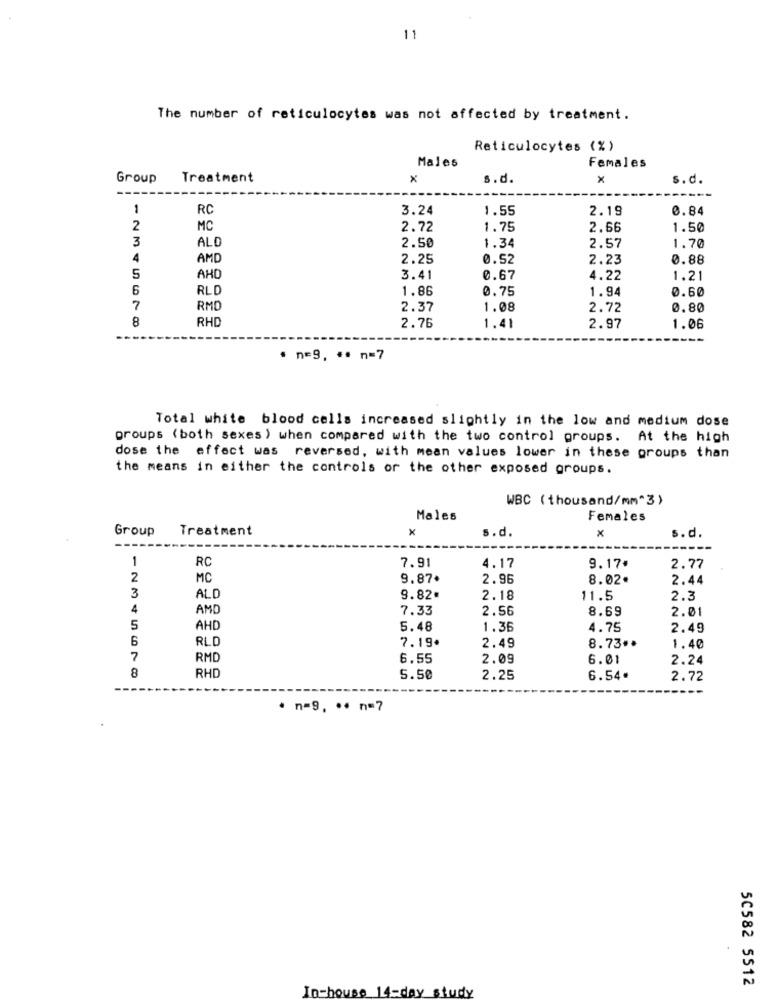
11
The number of reticulocytes was not affected by treatment.
Reticulocytes (% )
Males
Females
Group
Treatment
s.d.
x
s.d.
1
RC
3.24
1.55
2.19
0.84
2
MC
2.72
1.75
2.66
1.50
3
ALD
2.50
1.34
2.57
1.70
4
AMD
2.25
0.52
2.23
0.88
5
AHC
3.41
0.67
4.22
1.21
6
RLD
1.86
0.75
1.94
0.60
7
RMD
2.37
1.08
2.72
0.80
RHD
8
2.76
1.41
2.97
1.06
. n=9, ** n=7
Total white blood cells increased slightly in the low and medium dose
groups (both sexes ) when compared with the two control groups. At the high
dose the effect was reversed, with mean values lower in these groups than
the means in either the controls or the other exposed groups.
WBC ( thousand/mm"3)
Males
Females
Group
Treatment
x
x
s.d.
s.d.
1
RC
7.91
4.17
9.17#
2.77
2
MC
9.87.
2.96
8.02.
2.44
3
ALD
9.82.
2.18
11.5
2.3
4
AMD
7.33
2.56
8.69
2.01
5
AHD
5.48
1.36
4.75
2.49
6
RLD
7.19.
2.49
8.73 **
1.40
7
RMD
6.55
2.09
6.01
2.24
8
RHD
5.50
2.25
6.54.
2.72
· n=9. ** n=7
5C582 5512
In-house 14-day study